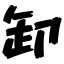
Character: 卸